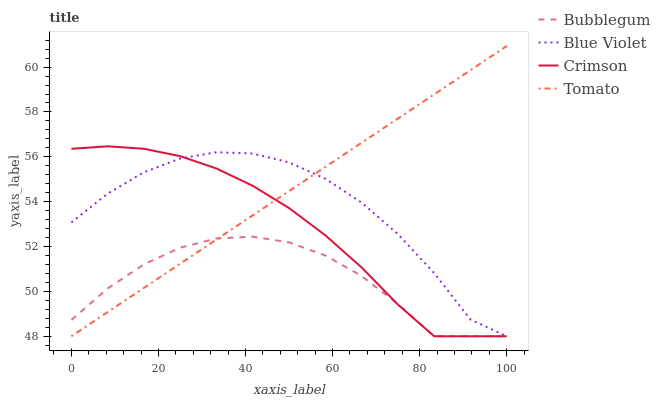
| xaxis_label | Bubblegum | Blue Violet | Crimson | Tomato |
 | --- | --- | --- | --- | --- |
 | 0 | 48.7 | 53.1 | 56.4 | 48 |
 | 8.33 | 50.1 | 54.4 | 56.5 | 49.1 |
 | 16.7 | 51.2 | 55.3 | 56.4 | 50.2 |
 | 25 | 51.9 | 55.9 | 56 | 51.2 |
 | 33.3 | 52.4 | 56.2 | 55.5 | 52.3 |
 | 41.7 | 52.4 | 56.1 | 54.7 | 53.4 |
 | 50 | 52.2 | 55.8 | 53.7 | 54.5 |
 | 58.3 | 51.6 | 55 | 52.5 | 55.5 |
 | 66.7 | 50.7 | 54 | 51.1 | 56.6 |
 | 75 | 49.4 | 52.6 | 49.4 | 57.7 |
 | 83.3 | 48 | 50.8 | 48 | 58.8 |
 | 91.7 | 48 | 48.7 | 48 | 59.9 |
 | 100 | 48 | 48 | 48 | 60.9 |